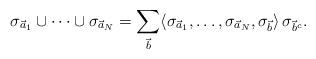
LaTeX: \begin{align*}\sigma_{\vec{a}_1} \cup \cdots \cup \sigma_{\vec{a}_N} = \sum_{\vec{b}} \langle \sigma_{\vec{a}_1},\dots, \sigma_{\vec{a}_N}, \sigma_{\vec{b}} \rangle\, \sigma_{\vec{b}^c}.\end{align*}